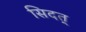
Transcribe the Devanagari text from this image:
सिदत्